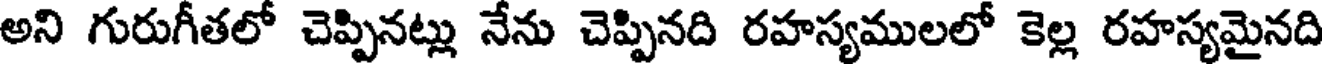
అని గురుగీతలో చెప్పినట్లు నేను చెప్పినది రహస్యములలో కెల్ల రహస్యమైనది